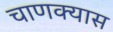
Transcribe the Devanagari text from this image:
चाणक्यास